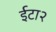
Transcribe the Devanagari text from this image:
ईटा२